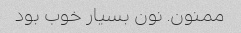
ممنون. نون بسیار خوب بود